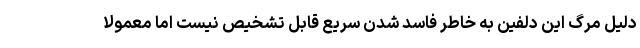
دلیل مرگ این دلفین به خاطر فاسد شدن سریع قابل تشخیص نیست اما معمولاً